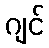
ဂျင်